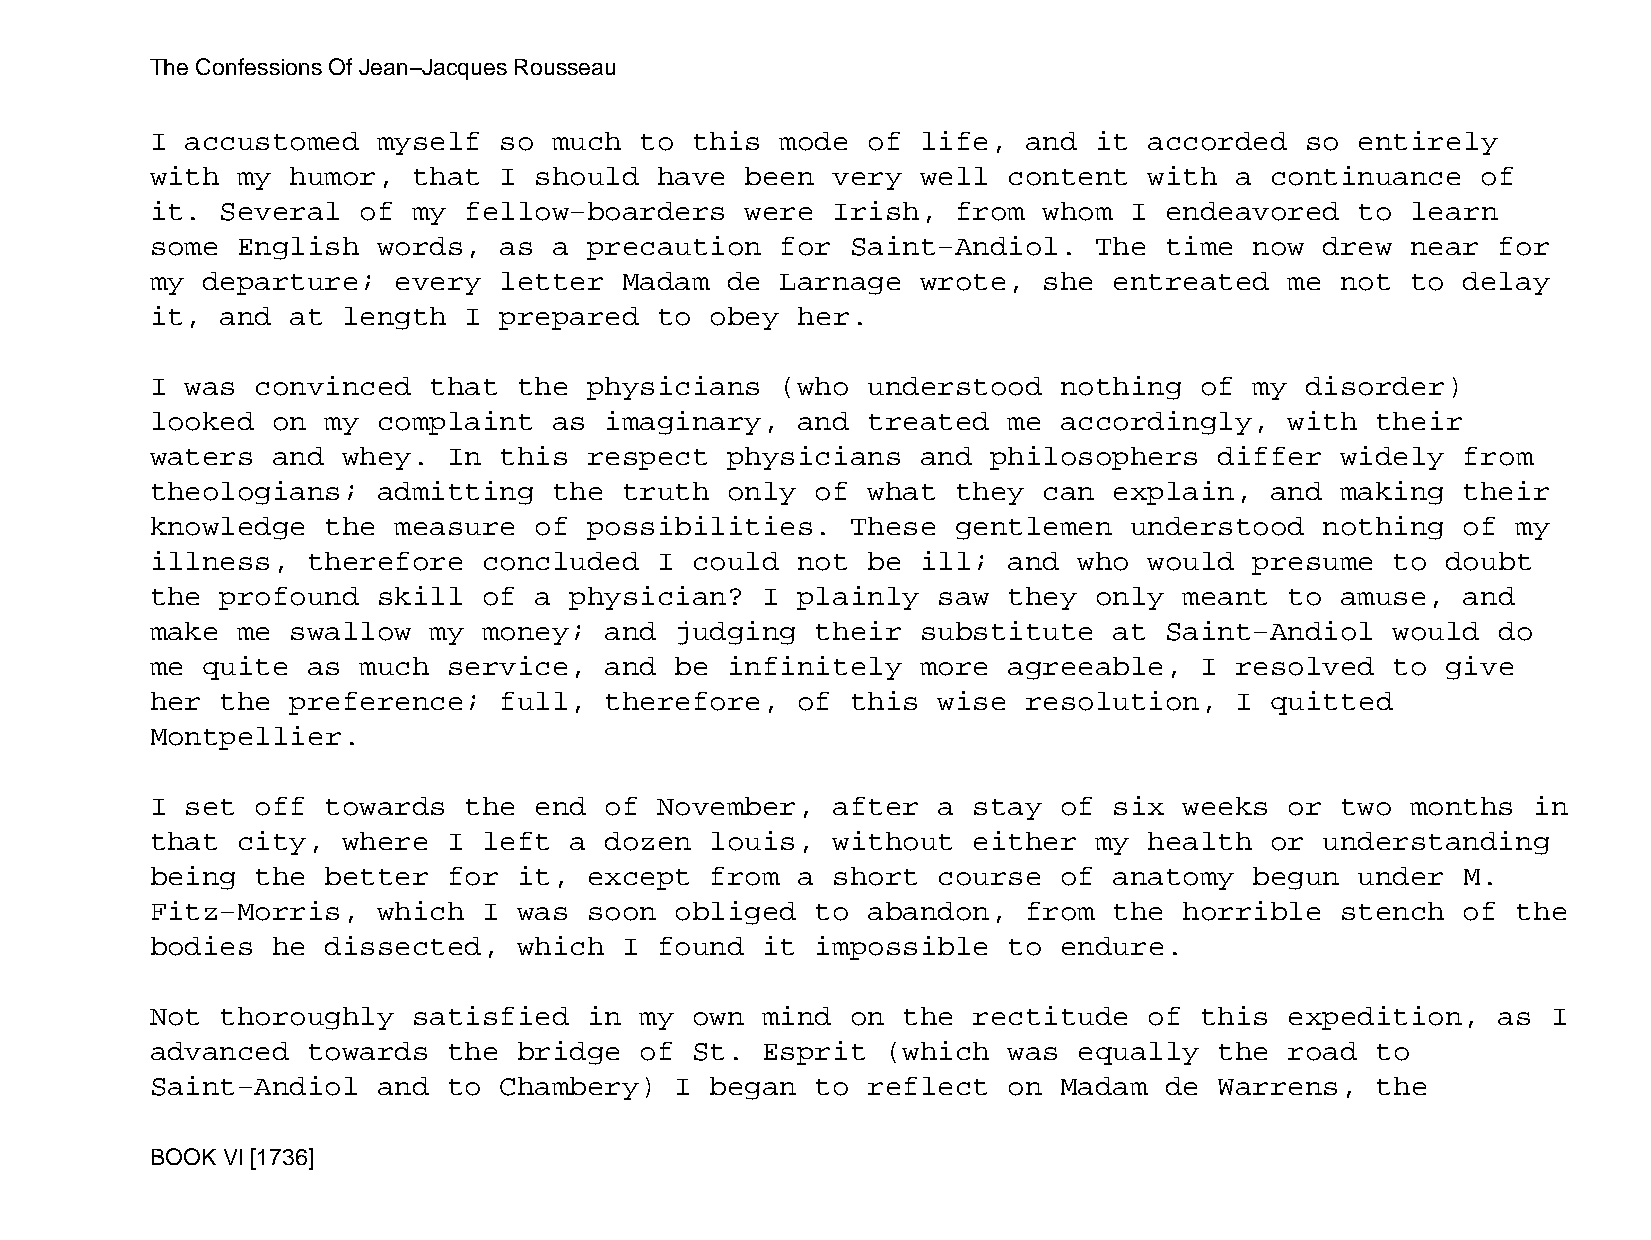
The Confessions Of Jean−Jacques Rousseau
 I accustomed   myself  so  much to  this  mode of  life,  and it  accorded  so  entirely
 with  my humor,  that  I should   have been  very  well  content  with  a continuance   of
 it.  Several  of my  fellow−boarders   were  Irish,  from  whom  I endeavored   to learn
 some  English  words,  as  a precaution   for Saint−Andiol.   The  time  now  drew near  for
 my departure;   every  letter  Madam  de  Larnage  wrote,  she  entreated  me  not to  delay
 it,  and at  length  I prepared   to obey  her.
 I was  convinced  that  the  physicians   (who understood   nothing  of  my disorder)
 looked  on  my complaint   as imaginary,   and treated   me accordingly,   with  their
 waters  and  whey.  In this  respect  physicians   and  philosophers   differ  widely  from
 theologians;   admitting   the truth  only  of what  they  can  explain,  and  making  their
 knowledge   the measure  of  possibilities.   These  gentlemen   understood   nothing  of my
 illness,  therefore   concluded   I could  not be  ill;  and who  would  presume  to  doubt
 the  profound  skill  of a  physician?  I  plainly  saw  they only  meant  to  amuse,  and
 make  me swallow  my  money;  and  judging  their  substitute   at Saint−Andiol   would  do
 me quite  as  much  service,  and  be infinitely   more  agreeable,  I  resolved  to  give
 her  the preference;   full,  therefore,   of this  wise  resolution,   I quitted
 Montpellier.
 I set  off  towards  the end  of  November,  after  a stay  of  six weeks  or  two months  in
 that  city,  where  I left  a dozen  louis,  without  either  my  health  or  understanding
 being  the  better  for it,  except  from  a short  course  of  anatomy  begun  under  M.
 Fitz−Morris,   which  I was  soon  obliged  to abandon,   from  the horrible   stench  of the
 bodies  he  dissected,  which  I  found it  impossible   to endure.
 Not  thoroughly  satisfied   in my  own mind  on  the rectitude   of this  expedition,   as  I
 advanced  towards   the bridge  of  St. Esprit   (which  was equally   the road  to
 Saint−Andiol   and  to Chambery)   I began  to reflect   on Madam  de  Warrens,  the
 BOOK VI [1736]